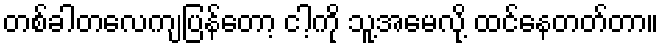
တစ်ခါတလေကျပြန်တော့ ငါ့ကို သူ့အမေလို့ ထင်နေတတ်တာ။